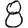
Digit: 8